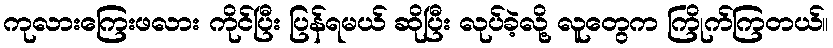
ကုလားကြေးဖလား ကိုင်ပြီး ပြန်ရမယ် ဆိုပြီး လုပ်ခဲ့လို့ လူတွေက ကြိုက်ကြတယ်။